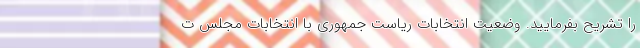
را تشریح بفرمایید. وضعیت انتخابات ریاست جمهوری با انتخابات مجلس ت